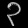
Digit: ၃